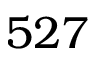
5 2 7